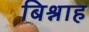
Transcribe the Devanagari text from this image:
बिश्नाह